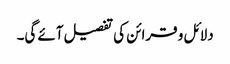
دلائل و قرائن کی تفصیل آئے گی۔